Report on sanitation, dispensaries, and jails in Rajputana for 1915, and on vaccination for the year 1915-1916 - 1915-1916
Year: 1915
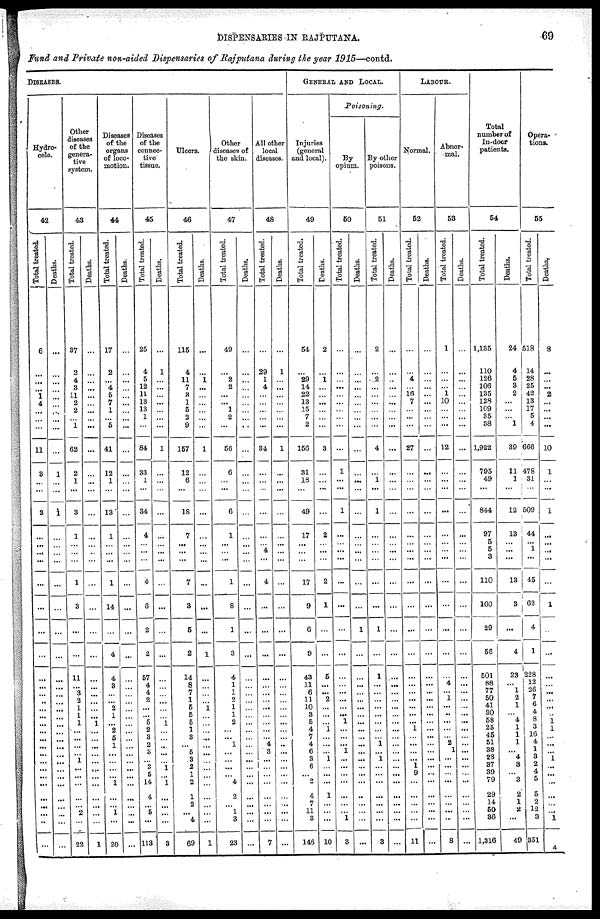
DISPENSARIES IN RAJPUTANA.
69
Fund and Private non-aided Dispensaries of Rajputana during the year 1915—contd.
DISEASES.
Hydro-
cele.
42
Total treated.
6
...
...
...
1
4
...
...
...
11
3
...
...
3
...
...
..
...
...
...
...
...
...
...
...
...
...
...
...
...
...
...
...
...
...
...
...
...
...
...
...
...
Deaths.
...
...
...
...
...
...
...
...
...
...
1
...
...
1
...
...
...
...
...
...
...
...
...
...
...
...
...
...
...
...
...
...
...
...
...
...
...
...
...
...
...
...
Other
diseases
of the
genera-
tive
system.
43
Total treated.
37
2
4
3
11
2
2
...
1
62
2
1
...
3
1
...
...
...
1
3
...
...
11
...
3
2
1
1
1
...
...
...
...
1
...
...
...
...
...
2
...
22
Deaths.
...
...
...
...
...
...
...
...
...
...
...
...
...
...
...
...
...
...
...
...
...
...
...
...
...
...
...
...
1
...
...
...
...
...
...
...
...
...
...
...
...
1
Diseases
of the
organs
of loco-
motion.
44
Total treated.
17
2
...
4
5
7
1
...
5
41
12
1
...
13
1
...
...
...
1
14
...
4
4
3
...
...
2
1
...
2
5
1
...
...
...
...
1
...
...
1
...
20
Deaths.
...
...
...
...
...
...
...
...
...
...
...
...
...
...
...
...
...
...
...
...
...
...
...
...
...
...
...
...
...
...
...
...
...
...
...
...
...
...
...
...
...
...
Diseases
of the
connec-
tive
tissue.
45
Total treated.
25
4
5
12
11
13
13
1
...
84
33
1
...
34
4
...
...
...
4
3
2
2
57
4
4
2
...
...
5
2
3
2
3
...
3
5
14
4
...
5
...
113
Deaths.
...
1
...
...
...
...
...
...
...
1
...
...
...
...
...
...
...
...
...
...
...
...
...
...
...
...
...
...
1
...
...
...
...
...
1
...
1
...
...
...
...
3
Ulcers.
46
Total treated.
115
4
11
7
3
1
5
3
9
157
12
6
...
18
7
...
...
...
7
3
5
2
14
8
7
1
5
5
5
1
3
...
5
3
2
1
2
1
2
...
4
69
Deaths.
...
...
1
...
...
...
...
...
...
1
...
...
...
...
...
...
...
...
...
...
...
1
...
...
...
...
1
...
...
...
...
...
...
...
...
...
...
...
...
...
...
1
Other
diseases of
the skin.
47
Total treated.
49
...
2
2
...
...
1
2
...
56
6
...
...
6
1
...
...
...
1
8
1
3
4
1
1
2
1
1
2
...
...
1
...
...
...
...
4
2
...
1
3
23
Deaths.
...
...
...
...
...
...
...
...
...
...
...
...
...
...
...
...
...
...
...
...
...
...
...
...
...
...
...
...
...
...
...
...
...
...
...
...
...
...
...
...
...
...
All other
local
diseases.
48
Total treated.
...
29
1
4
...
...
...
...
...
34
...
...
...
...
...
... 4
...
4
...
...
...
...
...
...
...
...
...
...
...
...
4
3
...
...
...
...
...
...
...
...
7
Deaths.
...
1
...
...
...
...
...
...
...
1
...
...
...
...
...
...
...
...
...
...
...
...
...
...
...
...
...
...
...
...
...
...
...
...
...
...
...
...
...
...
...
...
GENERAL AND LOCAL.
Injuries
(general
and local).
49
Total treated.
54
...
29
14
22
13
15
7
2
156
31
18
...
49
17
...
...
...
17
9
6
9
43
11
6
11
10
3
5
4
7
4
6
3
6
...
2
4
7
11
3
146
Deaths.
2
...
1
...
...
...
...
...
...
3
...
...
...
...
2
...
...
...
2
1
...
...
5
...
...
2
...
...
...
1
...
...
...
1
...
...
...
1
...
...
...
10
Poisoning.
By
opium.
50
Total treated.
...
...
...
...
...
...
...
...
...
...
1
...
...
1
...
...
...
...
...
...
...
...
...
...
...
...
...
...
1
...
...
...
1
...
...
...
...
...
...
...
1
3
Deaths.
...
...
...
...
...
...
...
...
...
...
...
...
...
...
...
...
...
...
...
...
1
...
...
...
...
...
...
...
...
...
...
...
...
...
...
...
...
...
...
...
...
...
By other
poisons.
51
Total treated.
2
...
2
...
...
...
...
...
...
4
...
1
...
1
...
...
...
...
...
...
1
...
1
...
...
...
...
...
...
...
...
1
...
1
...
...
...
...
...
...
...
3
Deaths.
...
...
...
...
...
...
...
...
...
...
...
...
...
...
...
...
...
...
...
...
...
...
...
...
...
...
...
...
...
...
...
...
...
...
...
...
...
...
...
...
...
...
LABOUR.
Normal.
52
Total treated.
...
...
4
...
16
7
...
...
...
27
...
...
...
...
...
...
...
...
...
...
...
...
...
...
...
...
...
...
...
1
...
...
...
...
1
9
...
...
...
...
...
11
Deaths.
...
...
...
...
...
...
...
...
...
...
...
...
...
...
...
...
...
...
...
...
...
...
...
...
...
...
...
...
...
...
...
...
...
...
...
...
...
...
...
...
...
...
Abnor-
mal.
53
Total treated.
1
...
...
...
1
10
...
...
...
12
...
...
...
...
...
...
...
...
...
...
...
...
...
4
...
1
...
...
...
...
...
2
1
...
...
...
...
...
...
...
...
8
Deaths.
...
...
...
...
...
...
...
...
...
...
...
...
...
...
...
...
...
...
...
...
...
...
...
...
...
...
...
...
...
...
...
...
...
...
...
...
...
...
...
...
...
...
Total
number of
In-door
patients.
54
Total treated.
1,135
110
126
106
135
128
109
35
38
1,922
795
49
...
844
97
5 5
3
110
100
29
56
501
88
77
50
41
30
58
25
45
51
38
28
37
39
79
29
14
50
36
1,316
Deaths.
24
4
5
3
2
...
...
...
1
39
11
1
...
12
13
... ...
...
13
3
...
4
23
... 1
2
1
...
4 1
1
1
... 4
3
... 3
2
1
2
...
49
Opera-
tions.
55
Total treated.
518
14
28
25
42
13
17
5
4
666
478
31
...
509
44
... 1
...
45
62
4
1
228
12
26
7
6
4
8
3
16
4
1
3
2
4
5
5
2
12
3
351
Deaths.
8
...
...
...
2
...
...
...
...
10
1
...
...
1
...
...
...
...
...
1
...
...
...
...
...
...
...
...
1
1
...
...
...
1
...
...
...
...
...
...
1
4